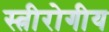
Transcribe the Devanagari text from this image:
स्त्रीरोगीय